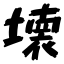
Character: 壊